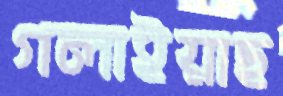
গলাইয়াছ